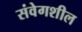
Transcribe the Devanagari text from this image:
संवेगशील